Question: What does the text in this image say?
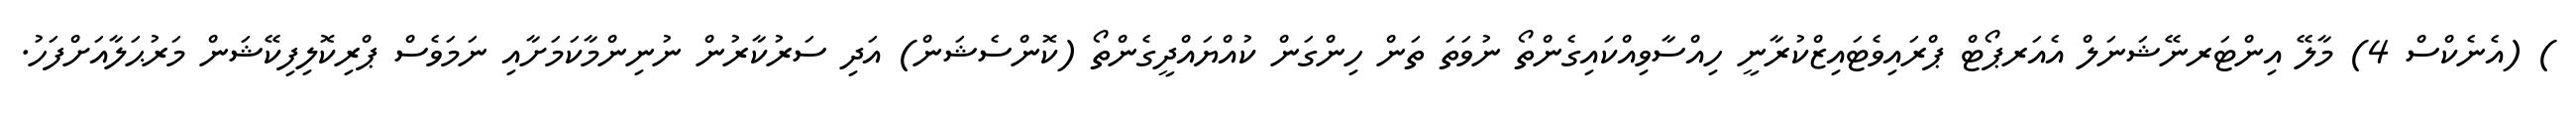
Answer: ) (އެނެކްސް 4) މާލޭ އިންޓަރނޭޝަނަލް އެއަރޕޯޓް ޕްރައިވެޓައިޒްކުރާނީ ހިއްސާވިއްކައިގެންތޯ ނުވަތަ ތަން ހިންގަން ކުއްޔައްދީގެންތޯ (ކޮންސެޝަން) އަދި ސަރުކާރުން ނުނިންމާކަމަށާއި ނަމަވެސް ޕްރިކޮލިފިކޭޝަން މަރުޙަލާއަށްފަހު.